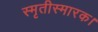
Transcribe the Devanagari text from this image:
स्मृतीस्मारक।